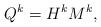
LaTeX: \begin{align*}Q^k=H^kM^k,\end{align*}